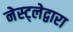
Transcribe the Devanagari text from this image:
नेस्ट्लेद्वारा